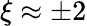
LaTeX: \xi\approx\pm 2